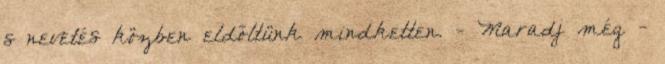
s nevetés közben eldőltünk mindketten. - Maradj még -